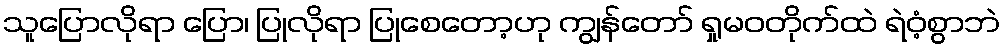
သူပြောလိုရာ ပြော၊ ပြုလိုရာ ပြုစေတော့ဟု ကျွန်တော် ရှုမဝတိုက်ထဲ ရဲဝံ့စွာဘဲ